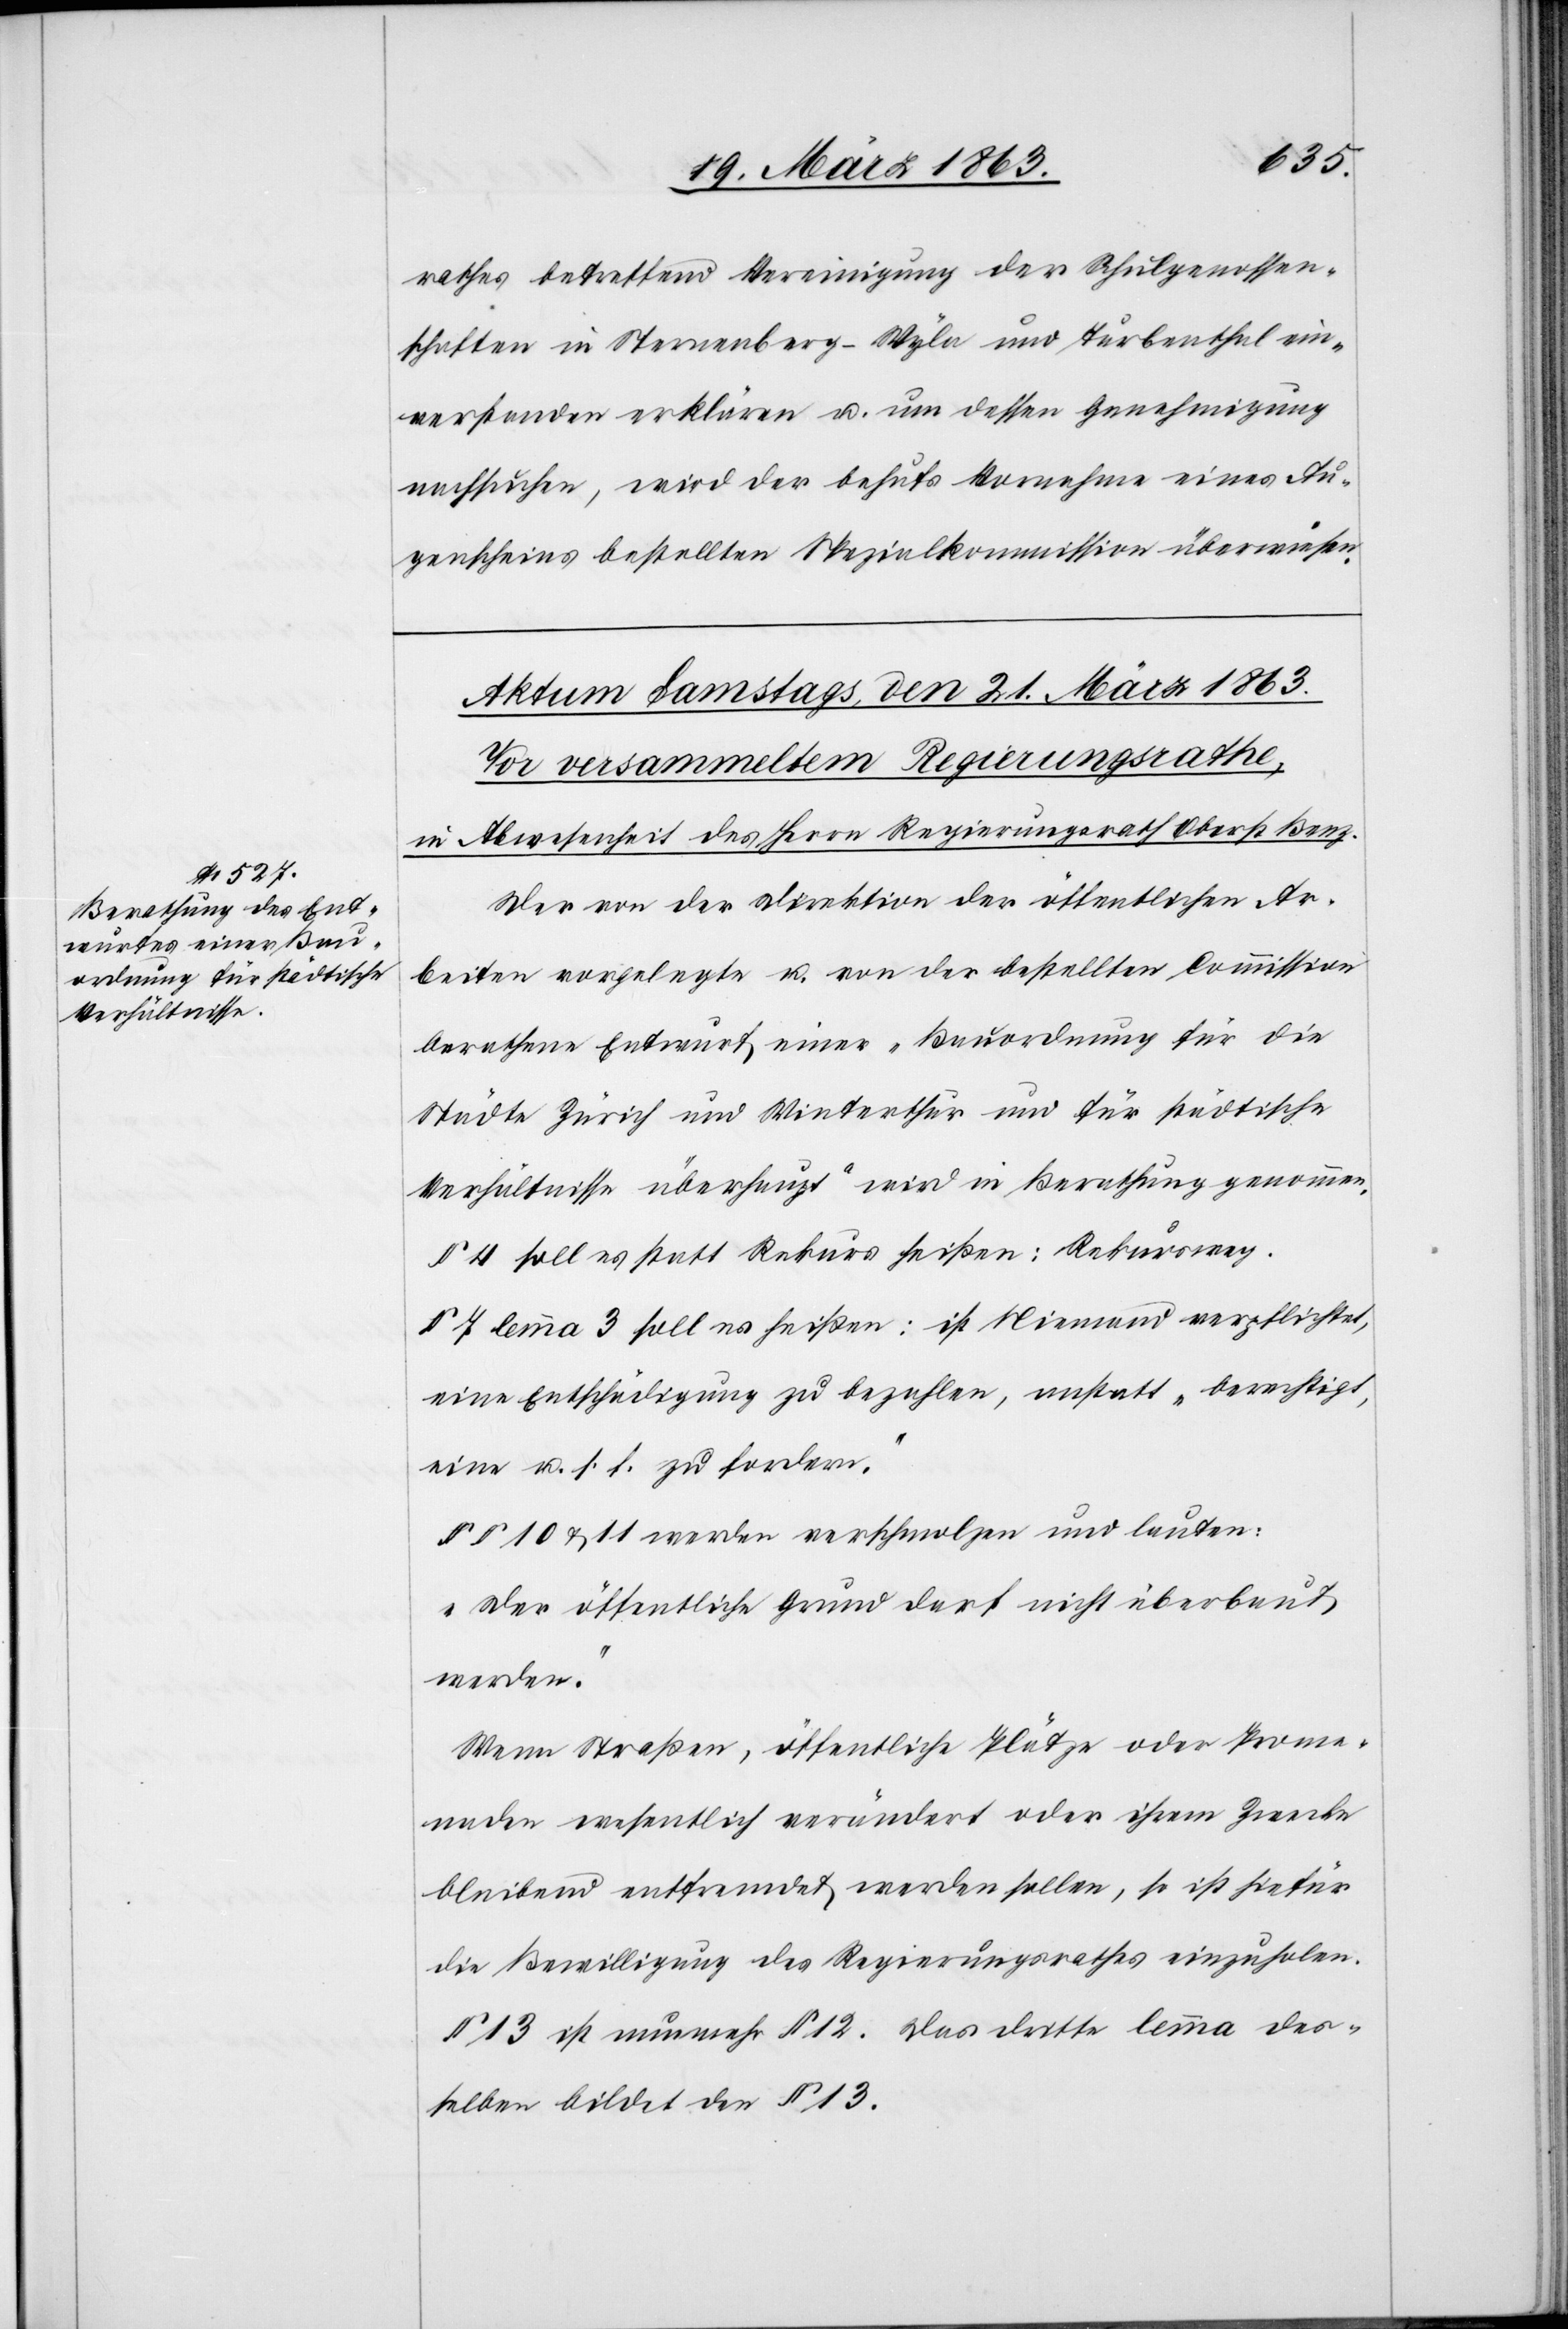
rathes betreffend Vereinigung der Schulgenossen¬
schaften in Sternenberg-Wyla und Turbenthal ein¬
verstanden erklären u. um dessen Genehmigung
nachsuchen, wird der behufs Vornahme eines Au¬
genscheines bestellten Spezialkommission überwiesen.
Der von der Direktion der öffentlichen Ar¬
beiten vorgelegte u. von der bestellten Commission
berathene Entwurf einer „Bauordnung für die
Städte Zürich und Winterthur und für städtische
Verhältnisse überhaupt“ wird in Berathung genommen.
§ 4 soll es statt Rekurs heißen: Rekursweg.
§ 7 lemma 3 soll es heißen: ist Niemand verpflichtet,
eine Entschädigung zu bezahlen, anstatt „berechtigt,
eine u. s. f. zu fordern“.
§§ 10 & 11 werden verschmolzen und lauten:
„Der öffentliche Grund darf nicht überbaut
werden.“
Wenn Straßen, öffentliche Plätze oder Prome¬
naden wesentlich verändert oder ihrem Zwecke
bleibend entfremdet werden sollen, so ist hiefür
die Bewilligung des Regierungsrathes einzuholen.
§ 13 ist nunmehr § 12. Das dritte lemma des¬
selben bildet den § 13.